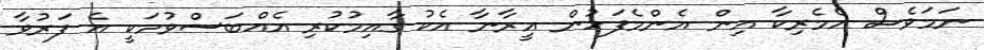
ނަމަވެސް އެމެރިކާ އިން އެންމެފަހުން އީރާނާ އެކު ގާއިމުކުރި އެއްބަސްވުމަކީ އެ ފަރުވާ